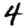
Digit: 4